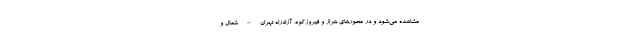
مشاهده می‌شود و در محورهای هراز و فیروزکوه، آزادراه تهران – شمال و